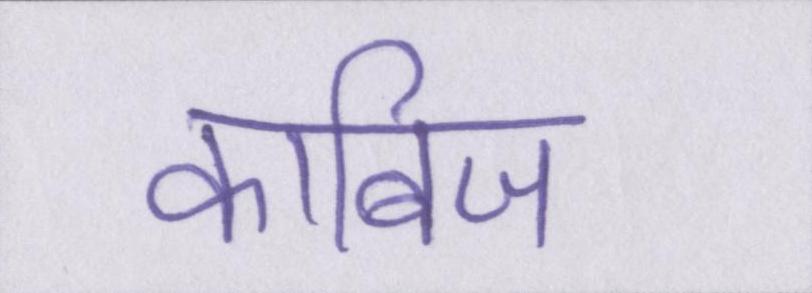
काबिज